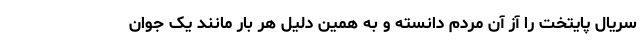
سریال پایتخت را آز آن مردم دانسته و به همین دلیل هر بار مانند یک جوان